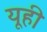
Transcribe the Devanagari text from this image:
यूही